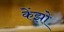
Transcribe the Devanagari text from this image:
केंझो